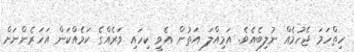
ހިތްހަމަ ޖެހުމެއް ނުލިބެއެވެ. އަމިއްލަ އަތުން އެވީ ކިހައި ވަރެއްގެ ކަމެއްކަން އަހަރެންނަށް